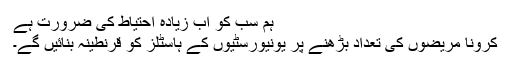
ہم سب کو اب زیادہ احتیاط کی ضرورت ہے
کرونا مریضوں کی تعداد بڑھنے پر یونیورسٹیوں کے ہاسٹلز کو قرنطینہ بنائیں گے۔